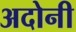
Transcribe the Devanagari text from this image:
अदोनी